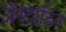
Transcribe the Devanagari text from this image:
अॅस्टाटिन